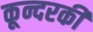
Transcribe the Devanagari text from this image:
कून्दरकी